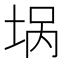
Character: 埚